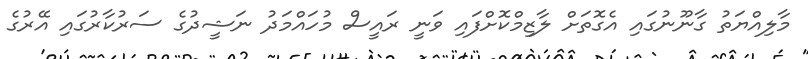
މާލިއްޔަތު ގާނޫނުގައި އެގޮތަށް ލާޒިމްކޮށްފައި ވަނީ ރައީސް މުހައްމަދު ނަޝީދުގެ ސަރުކާރުގައި އޭރުގެ